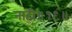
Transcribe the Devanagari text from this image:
नाही॥१९॥